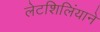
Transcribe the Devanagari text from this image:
लेटशिलिंयाने